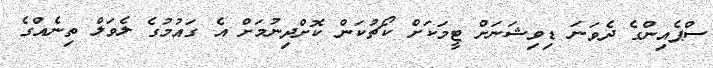
ސްޕެއިންގެ ދެވަނަ ޑިވިޝަނަށް ޓީމަކަށް ކޯޗުކަން ކޮށްދިނުމަށް އެ ގައުމުގެ ލެވަލް ތިނެއްގެ